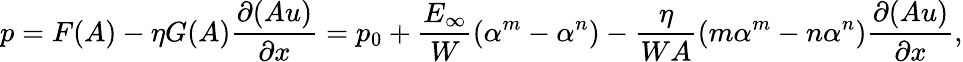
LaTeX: p=F(A)-\eta G(A)\frac{\partial(Au)}{\partial x}=p_{0}+\frac{E_{\infty}}{W}\left(\alpha^{m}-\alpha^{n}\right)-\frac{\eta}{WA}\left(m\alpha^{m}-n\alpha^{n}\right)\frac{\partial(Au)}{\partial x},